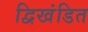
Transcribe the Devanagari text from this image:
द्विखंडित